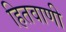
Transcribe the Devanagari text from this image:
हितवाणी